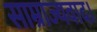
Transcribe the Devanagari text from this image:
साम्राज्यवाद।